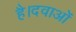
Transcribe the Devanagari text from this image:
है।दवाओं